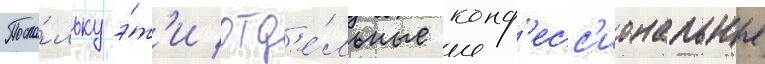
Поско́льку э́т'и отд'е́льные конф'есс'иональные